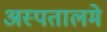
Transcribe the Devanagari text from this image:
अस्पतालमे